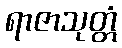
ရာဇာသုတ္တံ